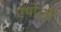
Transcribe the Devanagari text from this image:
एंपोली